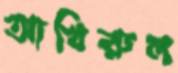
আখিরুল